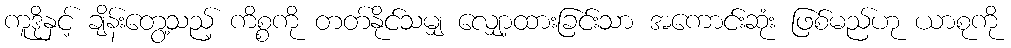
ကူဒိုနှင့် ချိန်းတွေ့သည့် ကိစ္စကို တတ်နိုင်သမျှ လျှော့ထားခြင်းသာ အကောင်းဆုံး ဖြစ်မည်ဟု ယာစုကို